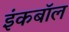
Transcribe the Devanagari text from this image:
इंकबॉल